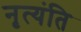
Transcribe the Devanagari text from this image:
नृत्यंति